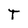
Character: T